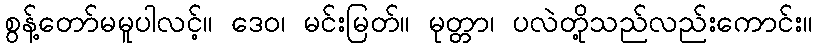
စွန့်တော်မမူပါလင့်။ ဒေဝ၊ မင်းမြတ်။ မုတ္တာ၊ ပလဲတို့သည်လည်းကောင်း။